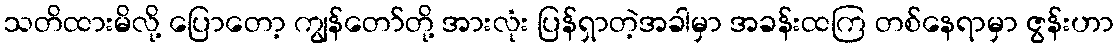
သတိထားမိလို့ ပြောတော့ ကျွန်တော်တို့ အားလုံး ပြန်ရှာတဲ့အခါမှာ အခန်းထကြ တစ်နေရာမှာ ဇွန်းဟာ